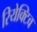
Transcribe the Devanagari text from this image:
रियेक्टिव